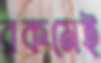
রকমেই